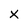
Character: X